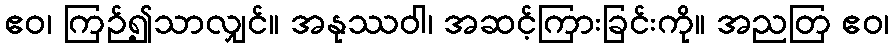
ဧဝ၊ ကြဉ်၍သာလျှင်။ အနုဿဝါ၊ အဆင့်ကြားခြင်းကို။ အညတြ ဧဝ၊